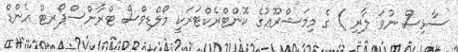
ސާޅިސް ނުވަ ލާރި ) ގެ މިމަޝްރޫޢުގެ ކޮންޓްރެކްޓަރަކީ މޯލްޑިވްސް ޓްރާންސްޕޯރޓް އެންޑް